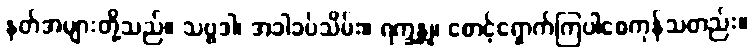
နတ်အများတို့သည်။ သဗ္ဗဒါ၊ အခါခပ်သိမ်း။ ရက္ခန္တု၊ စောင့်ရှောက်ကြပါစေကုန်သတည်း။